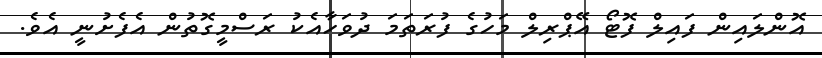
އޮންލައިން ފައިލް ފޮޓޯ އޭޕްރިލް މަހުގެ ފުރަތަމަ ދުވަހާއެކު ރަސްމީގޮތުން އެފެށުނީ އެވެ.